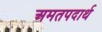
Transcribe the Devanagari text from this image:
अमतपदार्थ